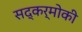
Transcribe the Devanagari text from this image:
सद्कर्मोकी